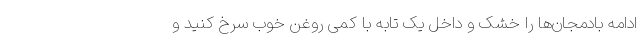
ادامه بادمجان‌ها را خشک و داخل یک تابه با کمی روغن خوب سرخ کنید و